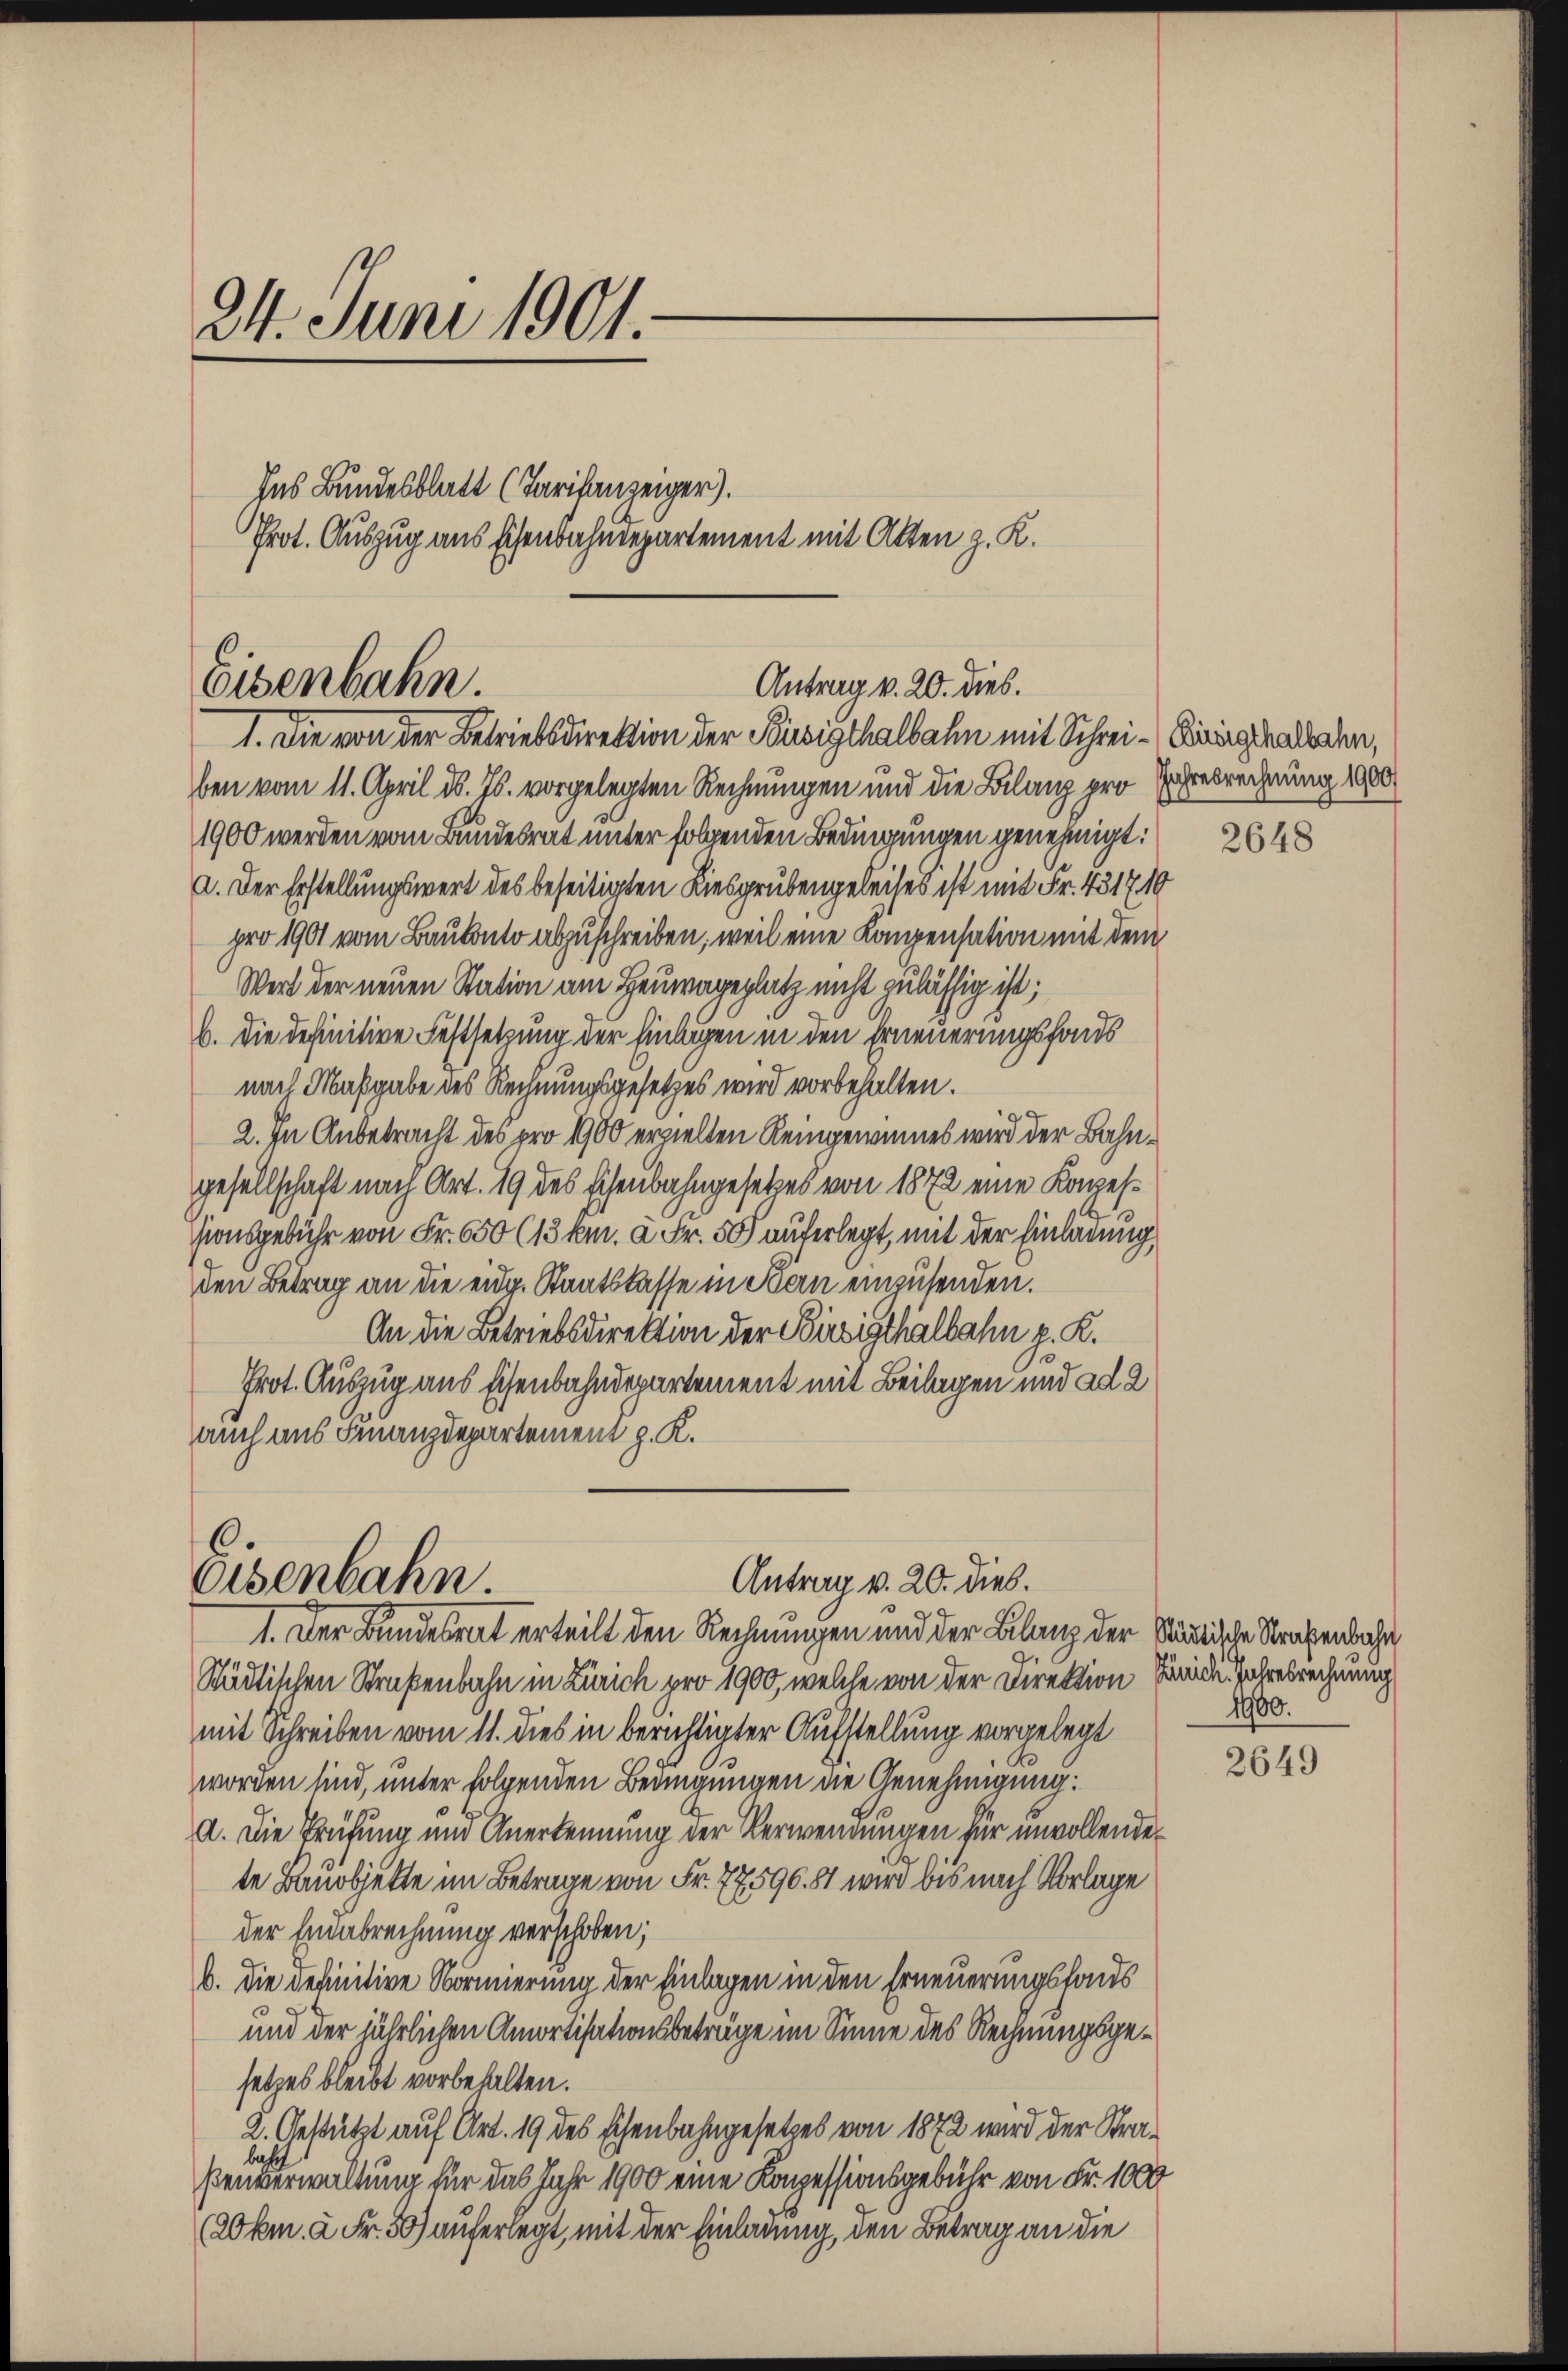
24. Juni 1901.

Eisenbahn.
Antrag v. 20. dies.
1. Die von der Betriebsdirektion der Bisigthalbahn mit Schrei- Eingshalbahn,

Ins Bundesblatt (Tarifanzeiger).
Prot. Auszug aus schenbahndepartement mit Atten z. K.

ben vom 11. April d. Js. vorgelegten Rechnungen und die Bilanz pro Jahresrechnung 1900
1900 werden vom Bundesrat unter folgenden Bedingungen genehmigt:
a. Der Erstellungswert des beseitigten Kiesgrubengeleises ist mit Fr. 431710
pro 1901 vom Baukonto abzuschreiben, weil eine Kompensation mit dem
Wert der neuen Station am Heuerageplatz nicht zulässig ist;
b. Die definitive Festsetzung der Einlagen in den Erneuerungsfonds
nach Maßgabe des Rechnungsgesetzes wird vorbehalten.
2. In Anbetracht des pro 1900 erzielten Reingewinnes wird der Bahngesellschaft nach Art. 19 des Eisenbahngesetzes von 1872 eine Konzessionsgebühr von Fr. 650 (13 km. à Fr. 50 auferlegt, mit der Einladung
den Betrag an die eidg. Staatskasse in Kan einzusenden.
An die Betriebsdirektion der Birsegthalbahn z. R.
Prot. Auszug aus Eisenbahndepartement mit Beilagen und ad 2
auch aus Finanzdepartement z. K.

C
Antrag v. 20. dies.
Eisenbahn.
1. Der Bundesrat erteilt den Rechnungen und der Bilanz der Städtische Strafenbahn

Städtischen Straßenbahn in Zürich pro 1900, welche von der Direktion Hande Jahresrechnung
mit Schreiben vom 11. dies in berichtigter Aufstellung vorgelegt
worden sind, unter folgenden Bedingungen die Genehmigung:
a. Die Prüfung und Anerkennung der Verwendungen für unvollende
te Banobjekte im Betrage von Fr. 77596. 81 wird bis nach Vorlage
der Endebrechnung verschoben;
b. Die definitive Normierung der Einlagen in den Erneuerungshaus
und der jährlichen Amortisationsbeträge im Sinne des Rechnungsgesetzes bleibt vorbehalten.
2. Gestützt auf Art. 19 des Eisenbahngesetzes von 1872 wird der Stra¬
Beunerwaltung für das Jahr 1900 eine Konzessionsgebühr von Fr. 1000
(20km. à Fr. 50) auferlegt, mit der Einladung, den Betrag an die

2648

1980.

2649